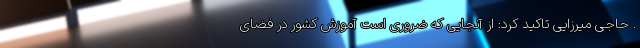
. حاجی میرزایی تاکید کرد: از آنجایی که ضروری است آموزش کشور در فضای